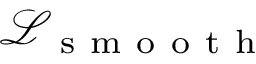
\mathcal { L } _ { \mathrm { ~ s ~ m ~ o ~ o ~ t ~ h ~ } }